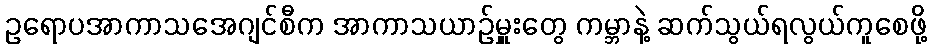
ဥရောပအာကာသအေဂျင်စီက အာကာသယာဉ်မှူးတွေ ကမ္ဘာနဲ့ ဆက်သွယ်ရလွယ်ကူစေဖို့